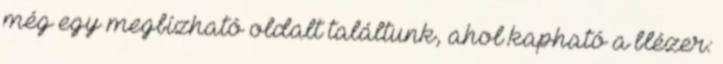
még egy megbízható oldalt találtunk, ahol kapható a blézer: